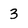
Character: 3